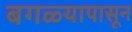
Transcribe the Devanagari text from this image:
बगळ्यापासून